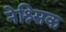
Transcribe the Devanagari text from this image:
नेश्र्सिक